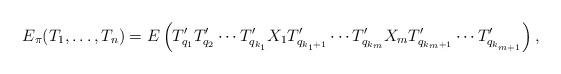
LaTeX: \begin{align*}E_\pi(T_1, \ldots, T_n) = E\left( T'_{q_1} T'_{q_2} \cdots T'_{q_{k_1}} X_1 T'_{q_{k_1+1}} \cdots T'_{q_{k_m}} X_m T'_{q_{k_m+1}} \cdots T'_{q_{k_{m+1}}} \right),\end{align*}